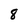
Character: 8